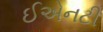
ઈએનટી